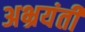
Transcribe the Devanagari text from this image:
अभ्रयंती